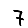
Digit: 7